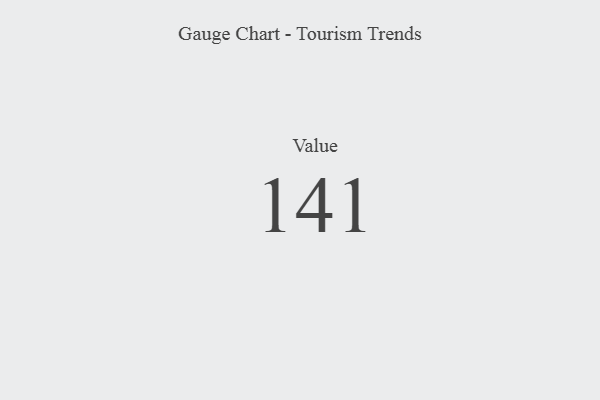
{"axis": {"x": "Metric", "y": "Value"}, "legend": [""], "data": [{"x": "Value", "y": 141, "type": ""}]}